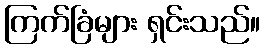
ကြက်ခြံများ ရှင်းသည်။